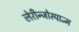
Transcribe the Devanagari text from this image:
लेरीन्जोस्पाज्म